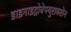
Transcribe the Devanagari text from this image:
डाइनाइट्रोबेफ्युराक्सेन